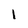
Character: 1